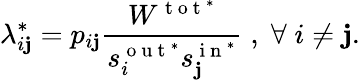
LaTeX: \lambda_{i\mathbf{j}}^{*}=p_{i\mathbf{j}}\frac{{W^{\mathrm{{~t~o~t~}}^{*}}}}{{s_{i}^{\mathrm{{~o~u~t~}}^{*}}s_{\mathbf{j}}^{\mathrm{{~i~n~}}^{*}}}}\; ,\; \forall\; i\neq\mathbf{j}.